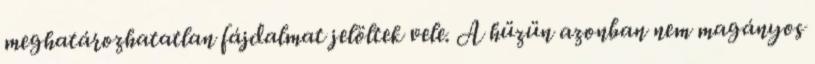
meghatározhatatlan fájdalmat jelöltek vele. A hüzün azonban nem magányos